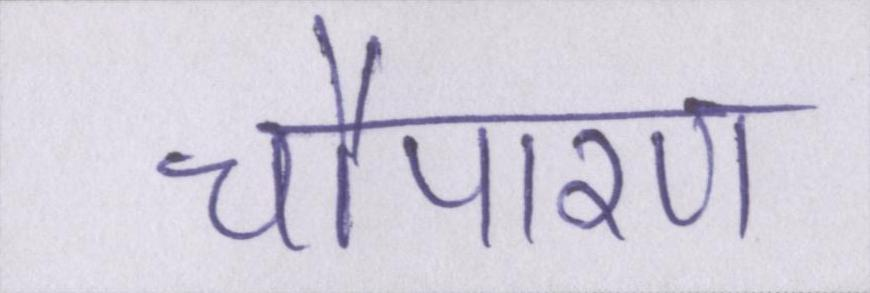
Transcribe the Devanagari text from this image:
चौपारण